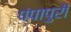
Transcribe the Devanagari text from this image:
पंपापुरी